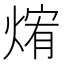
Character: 𰟃